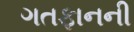
ગતફાનની